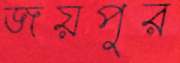
জয়পুর